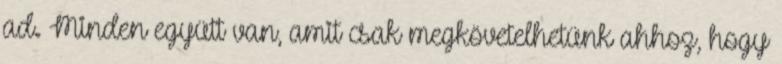
ad. Minden együtt van, amit csak megkövetelhetünk ahhoz, hogy